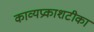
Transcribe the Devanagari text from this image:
काव्यप्रकाशटीका